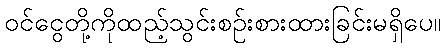
ဝင်ငွေတို့ကိုထည့်သွင်းစဉ်းစားထားခြင်းမရှိပေ။